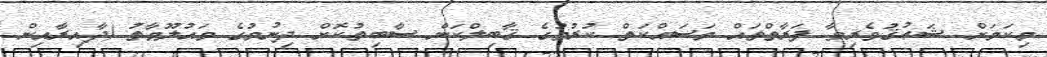
މިކަމަށް ޝަޢުޤުވެރިވާ ފަރާތްތައް މަސައްކަތް ކުރުމުގެ ޤާބިލްކަން ސާބިތުކޮށް ދިނުމުގެ މައުލޫމާތު (ދާއިރާއިން